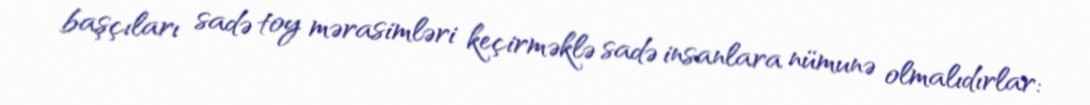
başçıları sadə toy mərasimləri keçirməklə sadə insanlara nümunə olmalıdırlar: